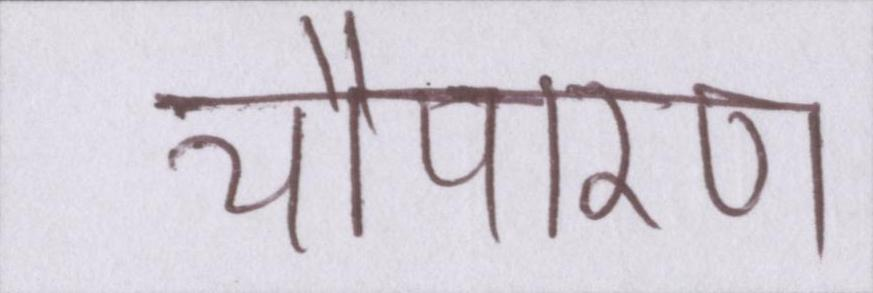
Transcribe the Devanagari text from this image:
चौपारण